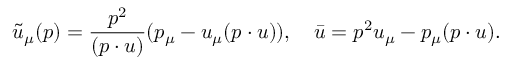
\tilde { u } _ { \mu } ( p ) = \frac { p ^ { 2 } } { ( p \cdot u ) } ( p _ { \mu } - u _ { \mu } ( p \cdot u ) ) , \quad \bar { u } = p ^ { 2 } u _ { \mu } - p _ { \mu } ( p \cdot u ) .